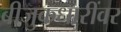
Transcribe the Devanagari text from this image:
बीजुकधारींवर